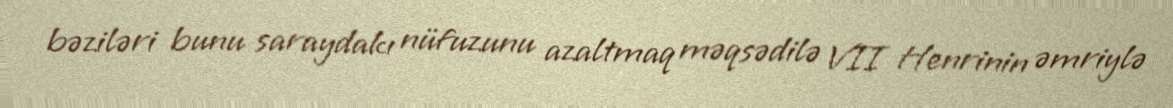
bəziləri bunu saraydakı nüfuzunu azaltmaq məqsədilə VII Henrinin əmriylə